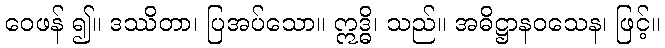
ဝေဖန် ၍။ ဒဿိတာ၊ ပြအပ်သော။ ဣဒ္ဓိ၊ သည်။ အဓိဋ္ဌာနဝသေန၊ ဖြင့်။